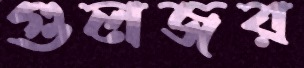
গুলজর